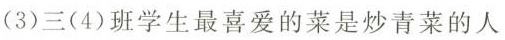
(3)三(4)班学生最喜爱的菜是炒青菜的人